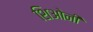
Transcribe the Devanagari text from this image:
शिओनी